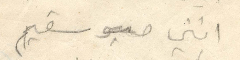
انني سقيم